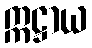
ဣဋ္ဌာယ